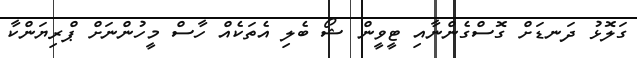
ގަލޮޅު ދަނޑަށް ގޮސްގެންނާއި ޓީވީން ޝޯ ބެލި އެތަކެއް ހާސް މީހުންނަށް ޕްރިޔަންކާ